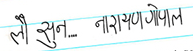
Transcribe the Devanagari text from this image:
लौ सुन.... नारायण गोपाल